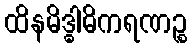
ထိနမိဒ္ဓါဓိကရဏဉ္စ